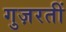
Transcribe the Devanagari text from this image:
गुज़रतीं